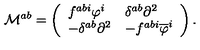
\mathcal { M } ^ { a b } = \left( \begin{array} { l l } { f ^ { a b i } \varphi ^ { i } } & { \delta ^ { a b } \partial ^ { 2 } } \\ { - \delta ^ { a b } \partial ^ { 2 } } & { - f ^ { a b i } \overline { { \varphi } } ^ { i } } \\ \end{array} \right) .